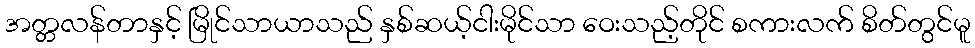
အတ္တလန်တာနှင့် မြိုင်သာယာသည် နှစ်ဆယ့်ငါးမိုင်သာ ဝေးသည့်တိုင် စကားလက် စိတ်တွင်မူ